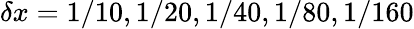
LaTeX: \delta x=1/10,1/20,1/40,1/80,1/160